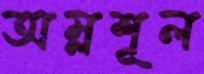
অম্লশূল